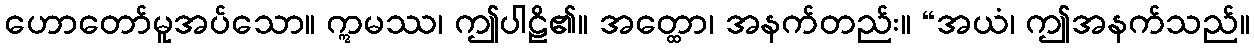
ဟောတော်မူအပ်သော။ ဣမဿ၊ ဤပါဠိ၏။ အတ္ထော၊ အနက်တည်း။ “အယံ၊ ဤအနက်သည်။